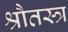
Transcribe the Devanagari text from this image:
श्रौतस्त्र